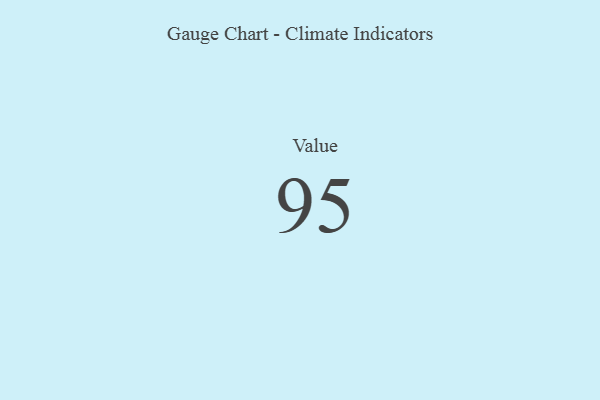
{"axis": {"x": "Metric", "y": "Value"}, "legend": [""], "data": [{"x": "Value", "y": 95, "type": ""}]}